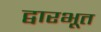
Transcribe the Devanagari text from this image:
द्वारभूत